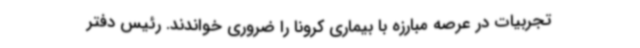
تجربیات در عرصه مبارزه با بیماری کرونا را ضروری خواندند. رئیس دفتر